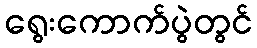
ရွေးကောက်ပွဲတွင်